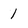
Character: 1